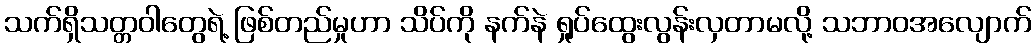
သက်ရှိသတ္တဝါတွေရဲ့ ဖြစ်တည်မှုဟာ သိပ်ကို နက်နဲ ရှုပ်ထွေးလွန်းလှတာမလို့ သဘာဝအလျောက်